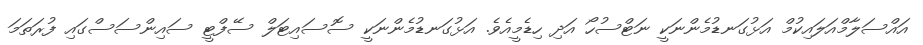
އައްސަލާމްއަލައިކުމް އަޅުގަނޑުމެންނަކީ ނަޓްސުހޯ އަދި ހިޑެމީއެވެ. އަޅުގަނޑުމެންނަކީ ސޮސައިޓަލް ސޭފްޓީ ސައިންސަސްގައި ފުރަތަމަ